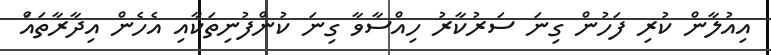
އިއުލާން ކުރި ފަހުން ގިނަ ސަރުކާރު ހިއްސާވާ ގިނަ ކުންފުނިތަކާއި އެހެން އިދާރާތައަް